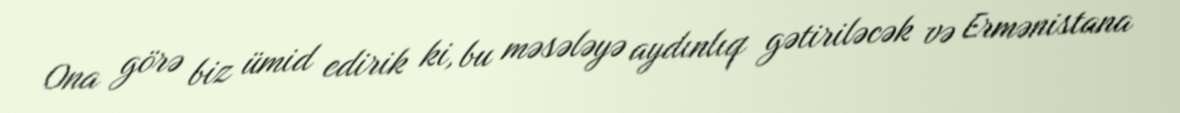
Ona görə biz ümid edirik ki, bu məsələyə aydınlıq gətiriləcək və Ermənistana